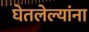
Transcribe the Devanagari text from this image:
घेतलेल्यांना